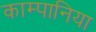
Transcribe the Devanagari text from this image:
काम्पानिया